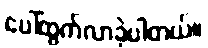
ပေါ်ထွက်လာခဲ့ပါတယ်။